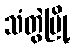
သံတွဲမြို့